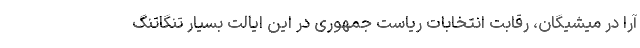
آرا در میشیگان، رقابت انتخابات ریاست جمهوری در این ایالت بسیار تنگاتنگ